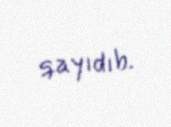
qayıdıb.